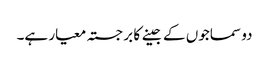
دو سماجوں کے جینے کا برجستہ معیار ہے۔